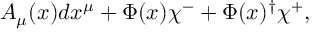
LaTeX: A _ { \mu } ( x ) d x ^ { \mu } + \Phi ( x ) \chi ^ { - } + \Phi ( x ) ^ { \dagger } \chi ^ { + } ,